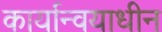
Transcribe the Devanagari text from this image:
कार्यान्वयाधीन